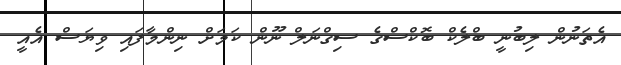
އެތަނުން ލިބުނީ ބްލެކް ބޮކްސްގެ ސިގްނަލް ނޫން ކަމަށް ނިންމާފައި ވިޔަސް އެއީ